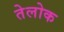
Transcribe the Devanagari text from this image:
तेलोक